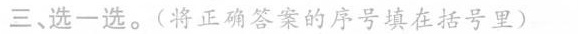
三、选一选。(将正确答案的序号填在括号里)